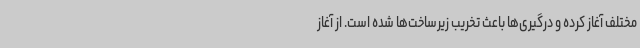
مختلف آغاز کرده و درگیری‌ها باعث تخریب زیرساخت‌ها شده است. از آغاز